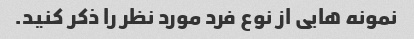
نمونه هایی از نوع فرد مورد نظر را ذکر کنید.